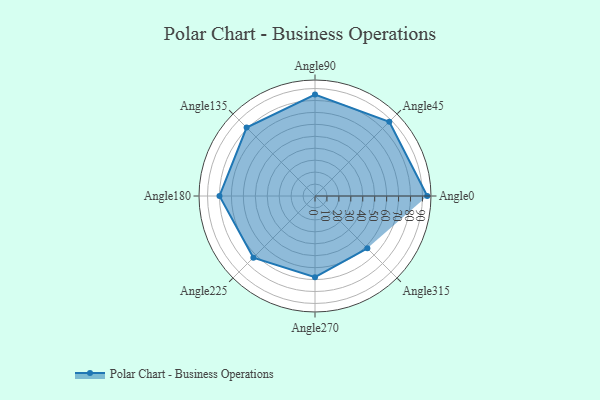
{"axis": {"x": "Angle", "y": "Radius"}, "legend": [""], "data": [{"x": "Angle0", "y": 94.0, "type": ""}, {"x": "Angle45", "y": 88.0, "type": ""}, {"x": "Angle90", "y": 85.0, "type": ""}, {"x": "Angle135", "y": 81.0, "type": ""}, {"x": "Angle180", "y": 80.0, "type": ""}, {"x": "Angle225", "y": 73.0, "type": ""}, {"x": "Angle270", "y": 68.0, "type": ""}, {"x": "Angle315", "y": 62.0, "type": ""}]}